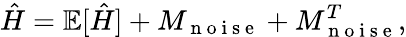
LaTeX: \hat{H}=\mathbb{E}[\hat{H}]+M_{\mathrm{~n~o~i~s~e~}}+M_{\mathrm{~n~o~i~s~e~}}^{T},